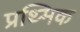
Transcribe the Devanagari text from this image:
प्रथ्मिक